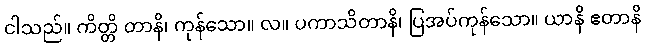
ငါသည်။ ကိတ္တိ တာနိ၊ ကုန်သော။ လ။ ပကာသိတာနိ၊ ပြအပ်ကုန်သော။ ယာနိ ဧတာနိ